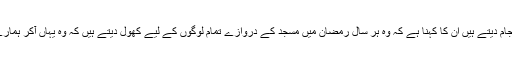
امام یونس ایک مقامی مسجد میں امامت کے فرائض انجام دیتے ہیں ان کا کہنا ہے کہ وہ ہر سال رمضان میں مسجد کے دروازے تمام لوگوں کے لیے کھول دیتے ہیں کہ وہ یہاں آکر ہمارے ساتھ افطار کریں اور ہماری عبادات کو دیکھ سکیں۔